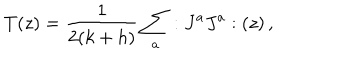
T ( z ) = \frac { 1 } { 2 ( k + h ) } \sum _ { a } : J ^ { a } J ^ { a } : ( z ) \, ,